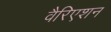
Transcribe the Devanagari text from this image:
वैरिएशन